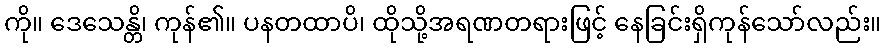
ကို။ ဒေသေန္တိ၊ ကုန်၏။ ပနတထာပိ၊ ထိုသို့အရဏတရားဖြင့် နေခြင်းရှိကုန်သော်လည်း။